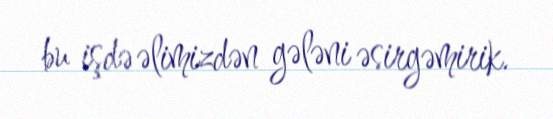
bu işdə əlimizdən gələni əsirgəmirik.